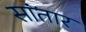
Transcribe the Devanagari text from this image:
सांतार